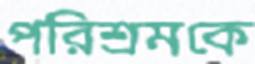
পরিশ্রমকে